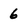
Character: 6